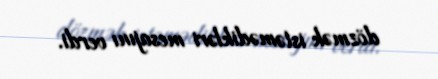
dözmək istəmədikləri mesajını verdi.